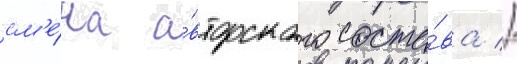
см'е́на а́вторского соста́ва //